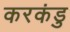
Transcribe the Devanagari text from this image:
करकंडु